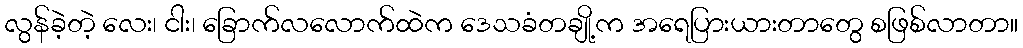
လွန်ခဲ့တဲ့ လေး၊ ငါး၊ ခြောက်လလောက်ထဲက ဒေသခံတချို့က အရေပြားယားတာတွေ စဖြစ်လာတာ။